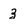
Character: 3